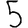
Digit: 5